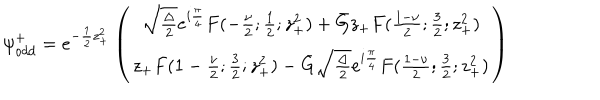
{ \psi } _ { o d d } ^ { + } = e ^ { - \frac { 1 } { 2 } z _ { + } ^ { 2 } } \left( \begin{array} { c } { { \sqrt { \frac { \Delta } { 2 } } e ^ { i \frac { \pi } { 4 } } F ( - \frac { \nu } { 2 } ; \frac { 1 } { 2 } ; z _ { + } ^ { 2 } ) + \bar { G } z _ { + } F ( \frac { 1 - \nu } { 2 } ; \frac { 3 } { 2 } ; z _ { + } ^ { 2 } ) } } \\ { { z _ { + } F ( 1 - \frac { \nu } { 2 } ; \frac { 3 } { 2 } ; z _ { + } ^ { 2 } ) - \bar { G } \sqrt { \frac { \Delta } { 2 } } e ^ { i \frac { \pi } { 4 } } F ( \frac { 1 - \nu } { 2 } ; \frac { 3 } { 2 } ; z _ { + } ^ { 2 } ) } } \\ \end{array} \right)